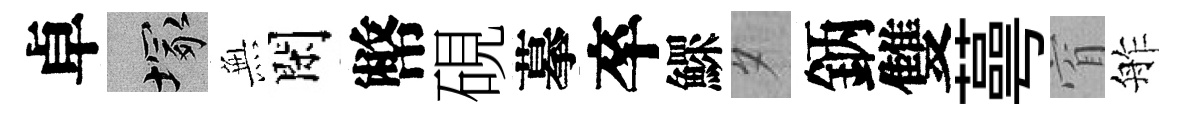
卓塚𭴾閑幣硯摹卒鰥夕鈵雙蕚窅舴